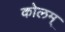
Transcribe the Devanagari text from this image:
कोलम्